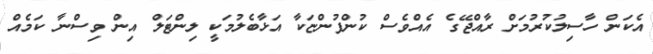
އެކަން ހާސިލުކުރުމަށް ރާއްޖޭގެ އެއްވެސް ކުންފުންޏަކާ އަޅާބެލުމަކީ ލިންޓަލް އިން ވިސްނާ ކަމެއް